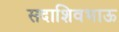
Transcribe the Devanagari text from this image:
सदाशिवभाऊ